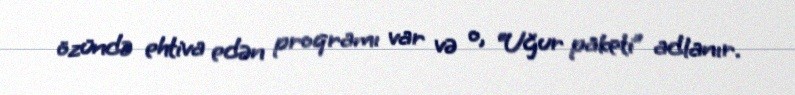
özündə ehtiva edən proqramı var və o, “Uğur paketi” adlanır.